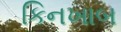
કિનખાબ